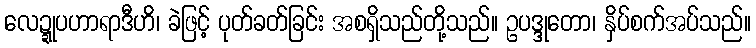
လေဍ္ဍုပဟာရာဒီဟိ၊ ခဲဖြင့် ပုတ်ခတ်ခြင်း အစရှိသည်တို့သည်။ ဥပဒ္ဒုတော၊ နှိပ်စက်အပ်သည်။